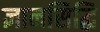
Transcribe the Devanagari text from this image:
ज्ञानसिद्धि